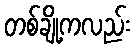
တစ်ချို့ကလည်း